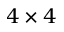
4 \times 4